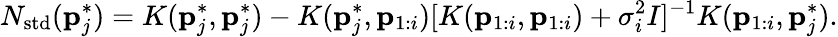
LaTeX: N_{\mathrm{std}}(\mathbf{p}_{j}^{*})=K(\mathbf{p}_{j}^{*},\mathbf{p}_{j}^{*})-K(\mathbf{p}_{j}^{*},\mathbf{p}_{1:i})[K(\mathbf{p}_{1:i},\mathbf{p}_{1:i})+\sigma_{i}^{2}I]^{-1}K(\mathbf{p}_{1:i},\mathbf{p}_{j}^{*}).